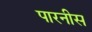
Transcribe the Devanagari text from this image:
पारनीस